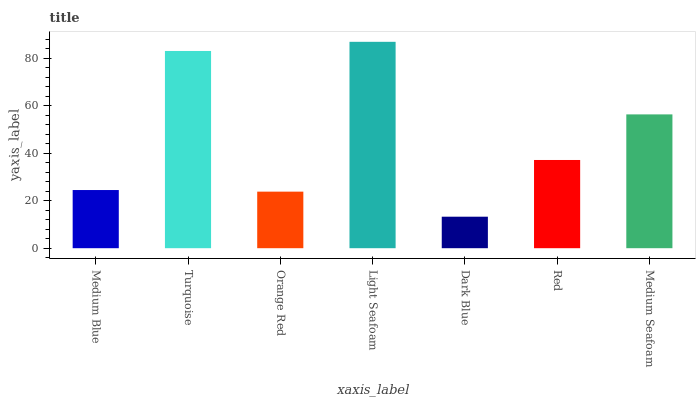
| xaxis_label | bars |
 | --- | --- |
 | Medium Blue | 24.5 |
 | Turquoise | 83.1 |
 | Orange Red | 23.8 |
 | Light Seafoam | 87 |
 | Dark Blue | 13.3 |
 | Red | 37.2 |
 | Medium Seafoam | 56.4 |